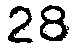
28